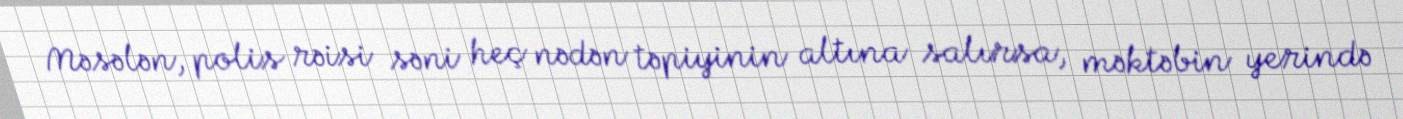
Məsələn, polis rəisi səni heç nədən təpiyinin altına salırsa, məktəbin yerində